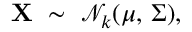
\mathbf { X } \ \sim \ { \mathcal { N } } _ { k } ( { \boldsymbol { \mu } } , \, { \boldsymbol { \Sigma } } ) ,